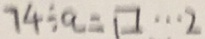
7 4 \div a = \square \cdots 2